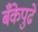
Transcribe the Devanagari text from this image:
बँकेपुढे